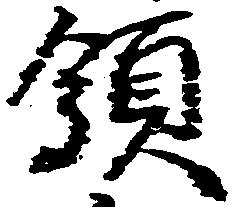
領